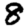
Digit: 8